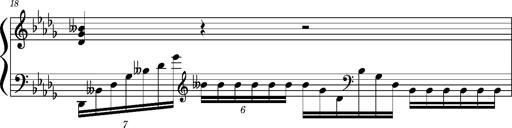
Title: Concerto sans orchestre, S.524a
Composer: Franz Liszt
Key: A major